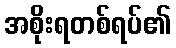
အစိုးရတစ်ရပ်၏